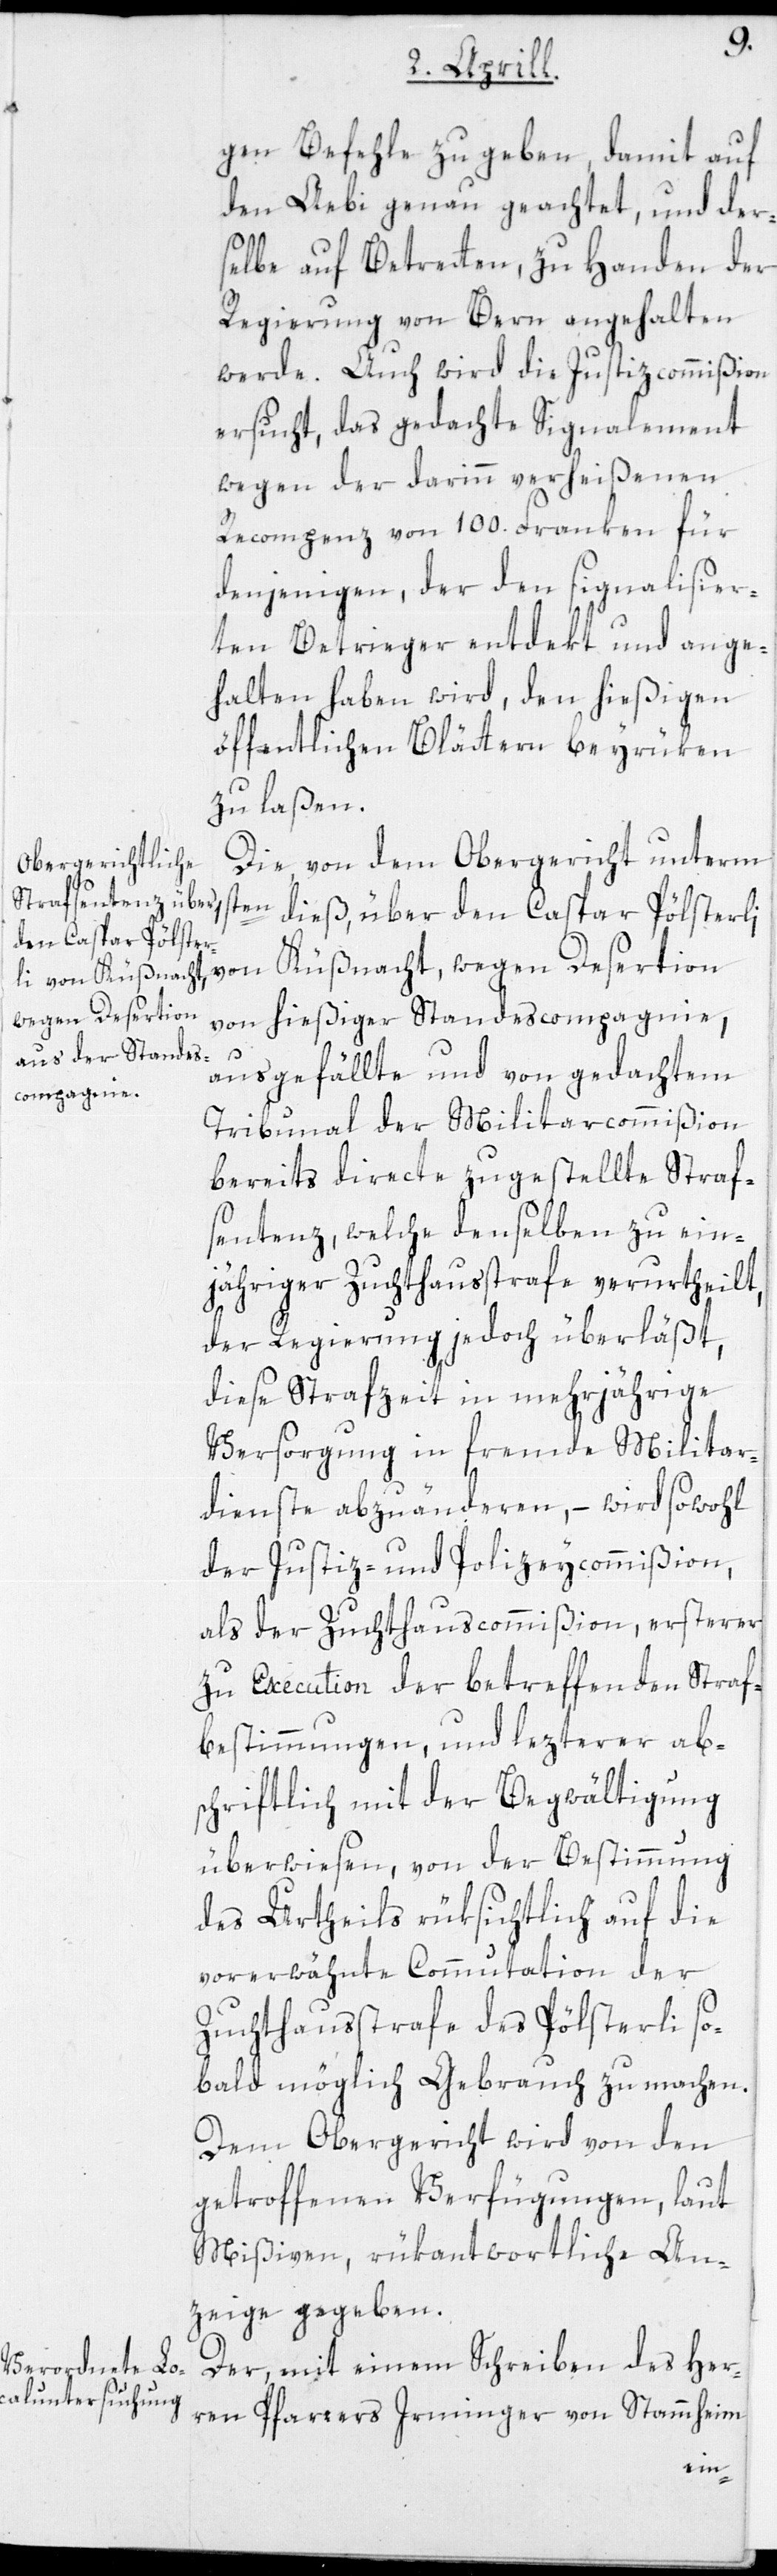
gen Befehle zu geben, damit auf
den Aebi genau geachtet, und der¬
selbe auf Betreten, zu Handen der
Regierung von Bern angehalten
werde. Auch wird die Justizcommißion
ersucht, das gedachte Signalement
wegen der darinn verheißenen
Recompenz von 100. Franken für
denjenigen, der den signalisier¬
ten Betrieger entdekt und ange¬
halten haben wird, den hießigen
öffentlichen Blättern beyrüken
zu laßen.
Die von dem Obergericht unterm
1sten
dieß, über den Caspar Pölsterl¬
i von Küßnacht,
wegen Desertion
von hießiger Standescompagnie,
ausgefällte und von gedachtem
Tribunal der Militarcommißion
bereits directe zugestellte Straf¬
sentenz, welche denselben zu ein¬
jähriger Zuchthausstrafe verurtheilt,
der Regierung jedoch überläßt,
diese Strafzeit in mehrjährige
Versorgung in fremde Militar¬
dienste abzuänderen, – wird sowohl
der Justiz- und Polizeycommißion,
als der Zuchthauscommißion, ersterer
zu Execution der betreffenden Straf¬
bestimmungen, und letzterer ab¬
schriftlich mit der Begwältigung
überwiesen, von der Bestimmung
des Urtheils rücksichtlich auf die
vorerwähnte Commutation der
Zuchthausstrafe des Pölsterli so¬
bald möglich Gebrauch zu machen.
Dem Obergericht wird von den
getroffenen Verfügungen, laut
Mißiven, rükantwortliche An¬
zeige gegeben.
Der, mit einem Schreiben des Her¬
ren Pfarrers Irminger von Stammheim